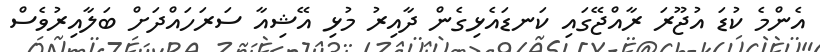
އެންމެ ކުޑަ އުޖޫރަ ރާއްޖޭގައި ކަނޑައެޅިގެން ދާއިރު މުޅި އޭޝިއާ ސަރަހައްދަށް ބަލާއިރުވެސް